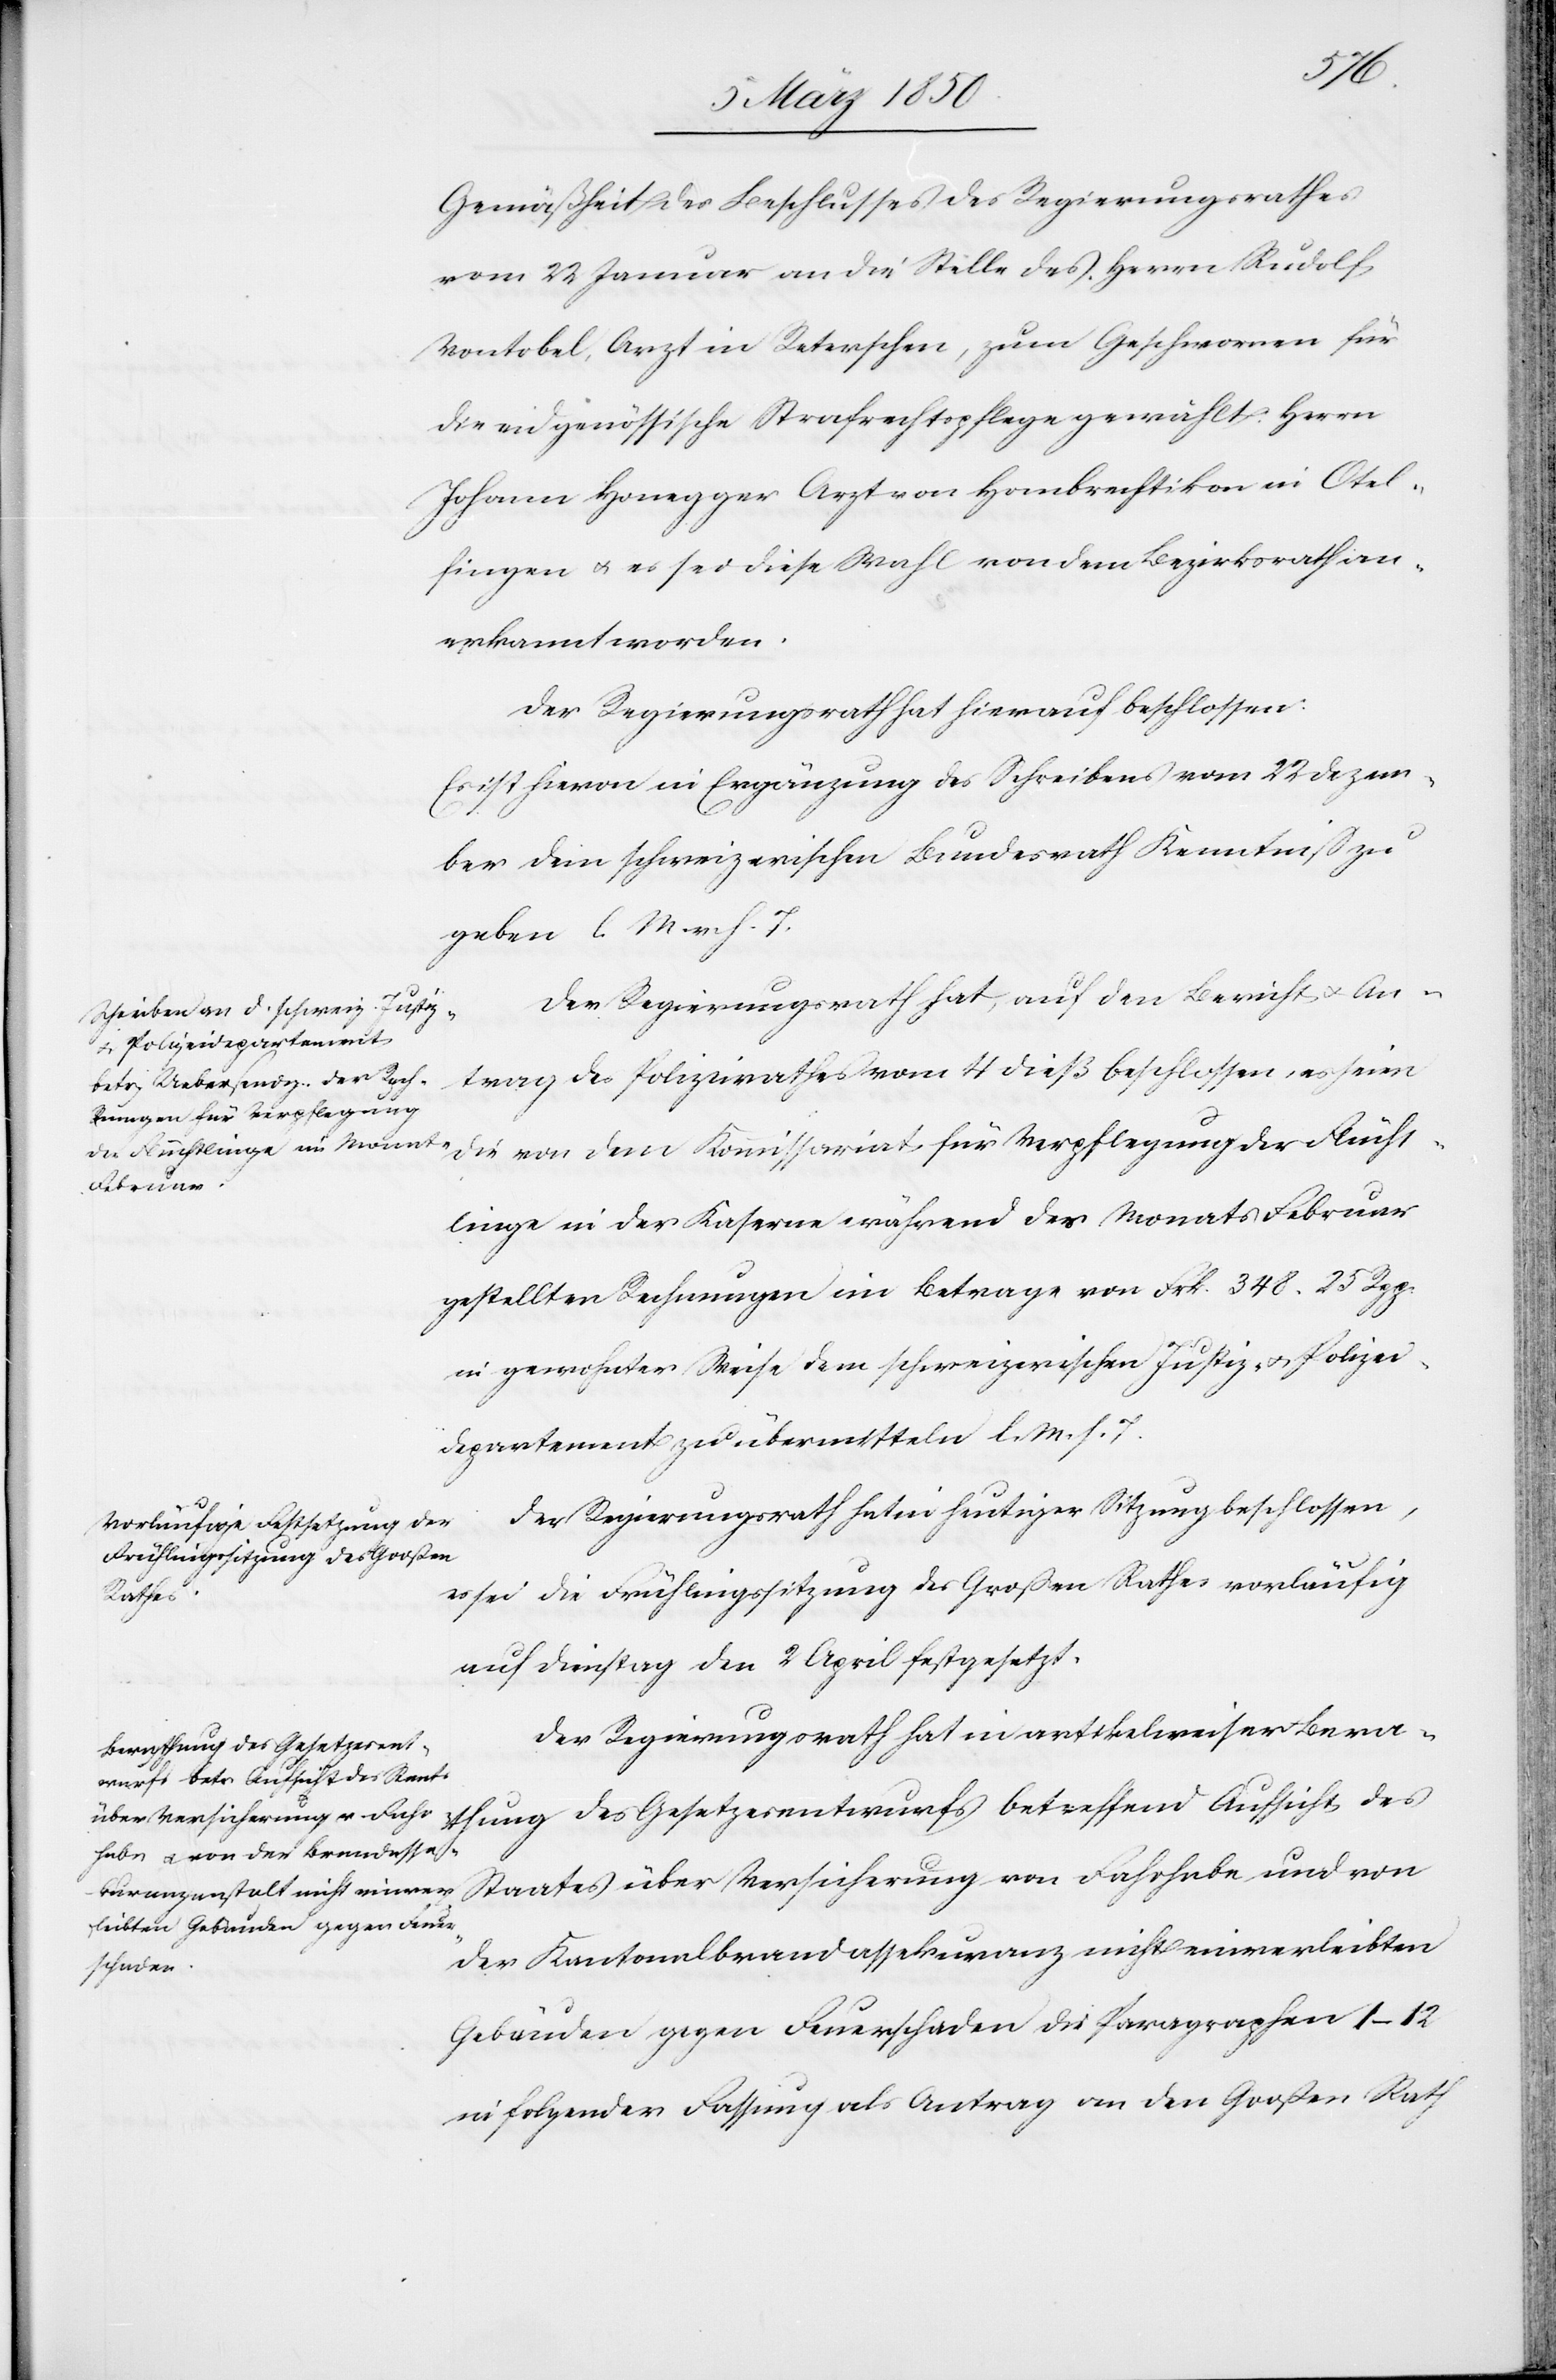
Gemäßheit des Beschlusses des Regierungsrathes
vom 22 Januar an die Stelle des Herrn Rudolf
Vontobel, Arzt in Reterschen, zum Geschwornen für
die eidgenössische Strafrechtspflege gewählt: Herrn
Johann Honegger Arzt von Hombrechtikon in Otel¬
fingen u. es sei diese Wahl von dem Bezirksrath an¬
erkannt worden.
Der Regierungsrath hat hierauf beschlossen:
Es ist hievon in Ergänzung des Schreibens vom 22 Dezem¬
ber dem schweizerischen Bundesrath Kenntniß zu
geben l. M. v. h. T.
Der Regierungsrath hat, auf den Bericht u. An¬
trag des Polizeirathes vom 4 dieß beschlossen, es seien
linge in der Kaserne während des Monats Februar
gestellten Rechnungen im Betrage von Frk. 348. 25 Rpp.
in gewohnter Weise dem schweizerischen Justiz- u. Polizei¬
departement zu übermitteln l. M. h. T.
Der Regierungsrath hat in heutiger Sitzung beschlossen,
es sei die Frühlingssitzung des Großen Rathes vorläufig
Flücht¬
auf Dienstag den 2 April festgesetzt.
Der Regierungsrath hat in artikelweiser Bera¬
thung des Gesetzesentwurfs betreffend Aufsicht des
Staates über Versicherung von Fahrhabe und von
der Kantonalbrandassekuranz nicht einverleibten
Gebäuden gegen Feuerschaden die Paragraphen 1–12
in folgender Fassung als Antrag an den Großen Rath